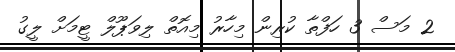
2 މަސް 3 ހަފްތާ ކުރިން މިހާރު މިއޮތް ލިވަޕޫލް ޓީމަށް ލީގު